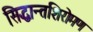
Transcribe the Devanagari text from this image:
सिद्धान्तशिरोमण